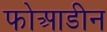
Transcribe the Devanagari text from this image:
फोआडीन